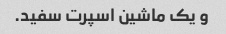
و یک ماشین اسپرت سفید.